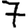
Digit: 7